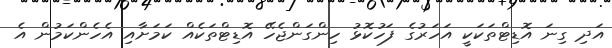
އަދި ގިނަ އޮޑިޓްތަކަކީ އަހަރުގެ ފަހުކޮޅު ހިންގަންޖެހޭ އޮޑިޓްތަކެއް ކަމަށާއި އެހެންކަމުން އެ